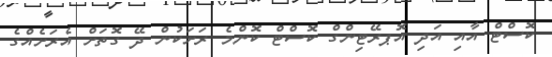
ކޮސްޓް އާއި އަދި އޮަޕރޭޓިންގް ކޮސްޓް ކޮންމެ ރަށަކުން ދޭ ގޮތަށް އެރަށެއްްގެ